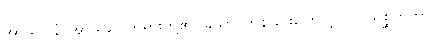
အာသဝါနံ၊ အာသဝေါတရားတို့၏။ ခယာ၊ ကုန်ခြင်းကြောင့်။ ပ။ သစ္ဆိကတွာ၊